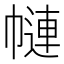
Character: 𢄱